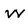
Character: W